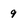
Character: 9